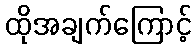
ထိုအချက်ကြောင့်